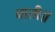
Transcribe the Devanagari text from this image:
बाती॥